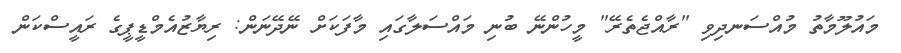
މައުލޫމާތު މުއްސަނދިވި "ރާއްޖެތެރޭ" މީހުންނޭ ބުނި މައްސަލާގައި މާފަކަށް ނޭދޭނަން: ރިޔާޒުއެމްޑީޕީގެ ރައީސްކަން